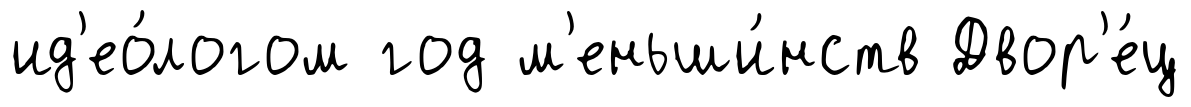
ид'ео́логом год м'еньши́нств Двор'е́ц